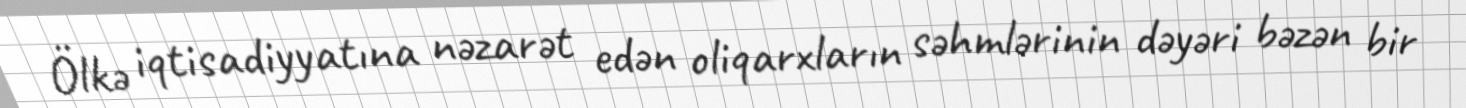
Ölkə iqtisadiyyatına nəzarət edən oliqarxların səhmlərinin dəyəri bəzən bir